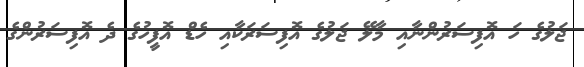
ޖަލުގެ ހަ އޮފިސަރުންނާއި މާލޭ ޖަލުގެ އޮފިސަރަކާއި ހެޑް އޮފީހުގެ ދެ އޮފިސަރުންގެ